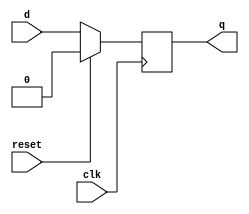
module dff_with_reset(
    input wire clk,
    input wire reset,
    input wire d,
    output reg q
);

always @(posedge clk) begin
    if (reset)
        q <= 1'b0;
    else
        q <= d;
end

endmodule